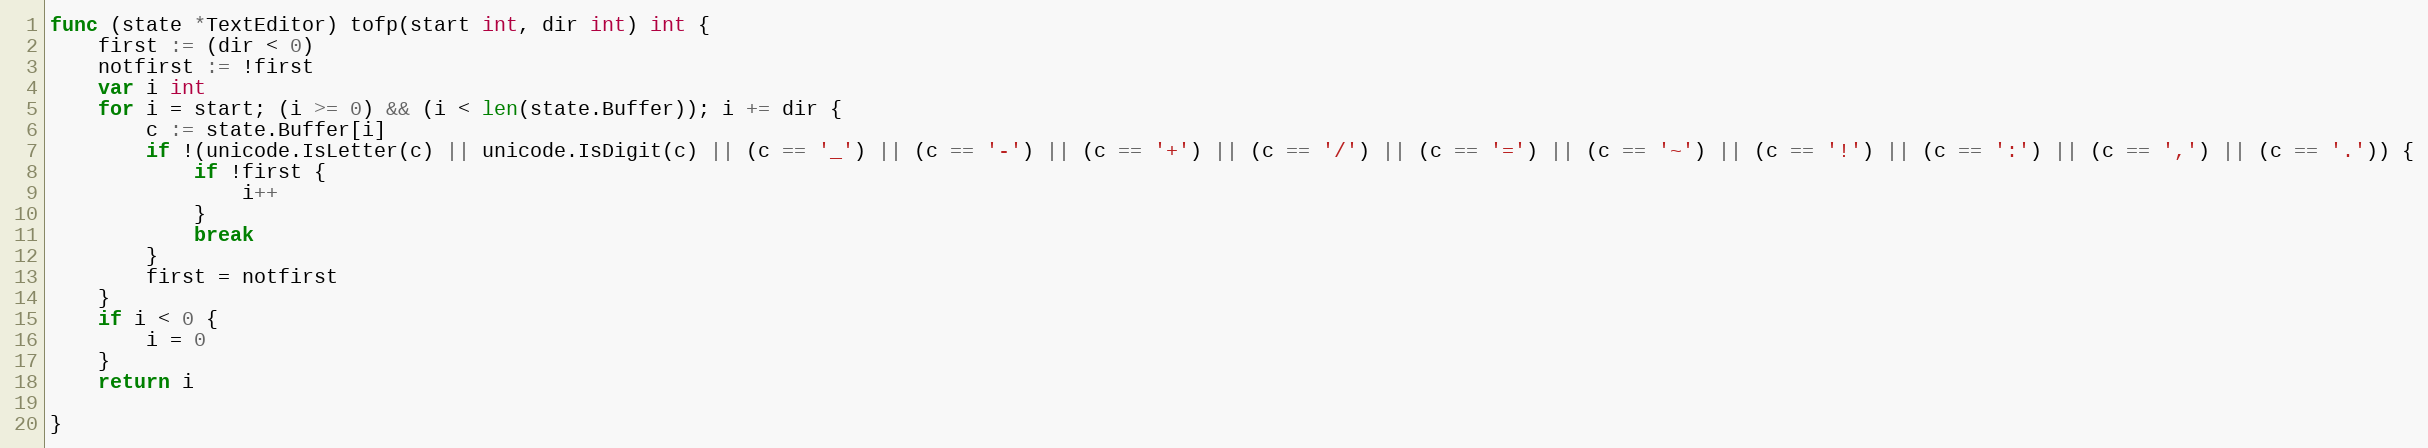
Language: Go
func (state *TextEditor) tofp(start int, dir int) int {
	first := (dir < 0)
	notfirst := !first
	var i int
	for i = start; (i >= 0) && (i < len(state.Buffer)); i += dir {
		c := state.Buffer[i]
		if !(unicode.IsLetter(c) || unicode.IsDigit(c) || (c == '_') || (c == '-') || (c == '+') || (c == '/') || (c == '=') || (c == '~') || (c == '!') || (c == ':') || (c == ',') || (c == '.')) {
			if !first {
				i++
			}
			break
		}
		first = notfirst
	}
	if i < 0 {
		i = 0
	}
	return i

}